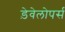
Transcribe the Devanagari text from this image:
ड़ेवेलोपर्स